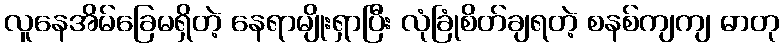
လူနေအိမ်ခြေမရှိတဲ့ နေရာမျိုးရှာပြီး လုံခြုံစိတ်ချရတဲ့ စနစ်ကျကျ ဓာတု